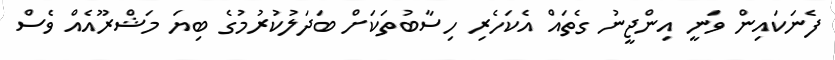
ފެނަކައިން ވަނީ އިންޖީނު ގެތައް އެކަހެރި ހިސާބުތަކަށް ބަދަލުކުރުމުގެ ބިޔަ މަޝްރޫއެއް ވެސް